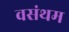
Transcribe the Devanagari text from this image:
वसंथम